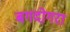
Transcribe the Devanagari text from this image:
बगदोगरा